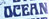
DCERN